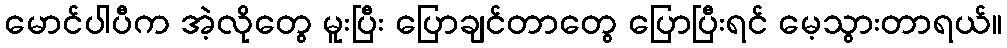
မောင်ပါပီက အဲ့လိုတွေ မူးပြီး ပြောချင်တာတွေ ပြောပြီးရင် မေ့သွားတာရယ်။